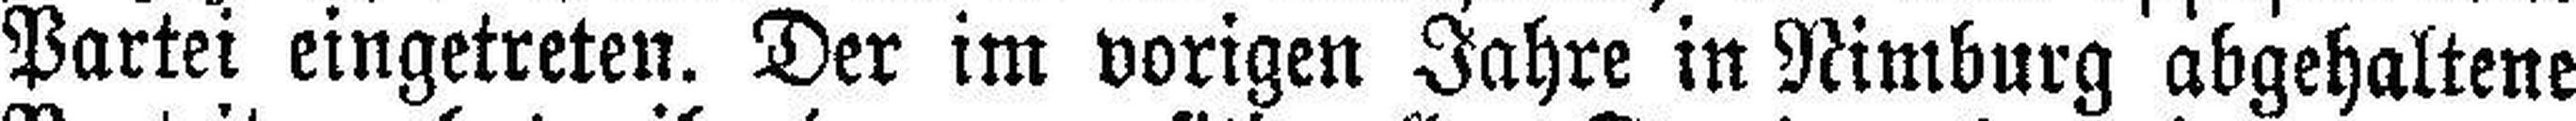
Partei eingetreten. Der im vorigen Jahre in Nimburg abgehaltene